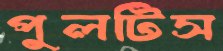
পুলটিস